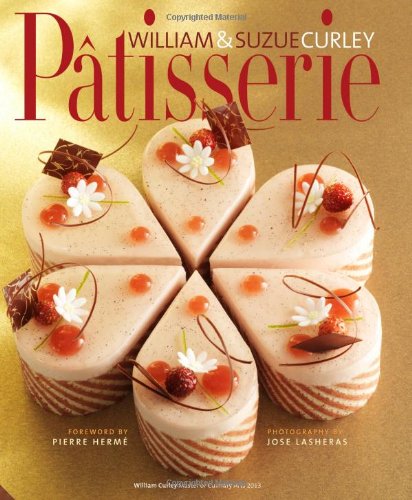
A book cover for Patisserie; William Curley; Cookbooks, Food & Wine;